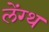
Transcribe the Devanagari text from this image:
लेंग्थ